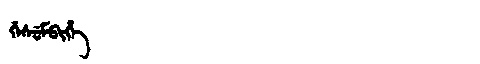
Manchu: ᡤᡝᠰᡠᠮᠪᡳᡥᡝ
Romanization: GESUMBIHE